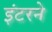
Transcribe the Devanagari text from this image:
इंटरने